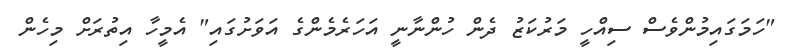
"ހަމަގައިމުންވެސް ސިއްހީ މަރުކަޒު ދެން ހުންނާނީ އަހަރެމެންގެ އަވަށުގައި" އެމީހާ އިތުރަށް މިހެން